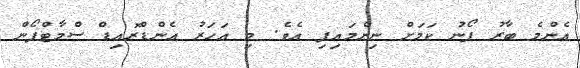
އެންމެ ބާރު ފޯނު ކަމަށް ނިންމައިފި އެވެ. މި އަހަރު އެންޑްރޮއިޑް ސްމާޓްފޯން